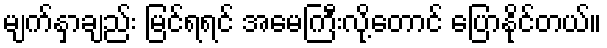
မျက်နှာချည်း မြင်ရရင် အမေကြီးလို့တောင် ပြောနိုင်တယ်။